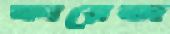
ফারেজ